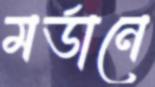
মর্ডানে